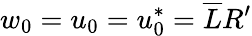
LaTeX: w_{0}=u_{0}=u_{0}^{*}=\overline{{L}}R^{\prime}